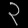
Digit: ၃